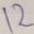
Text: 12